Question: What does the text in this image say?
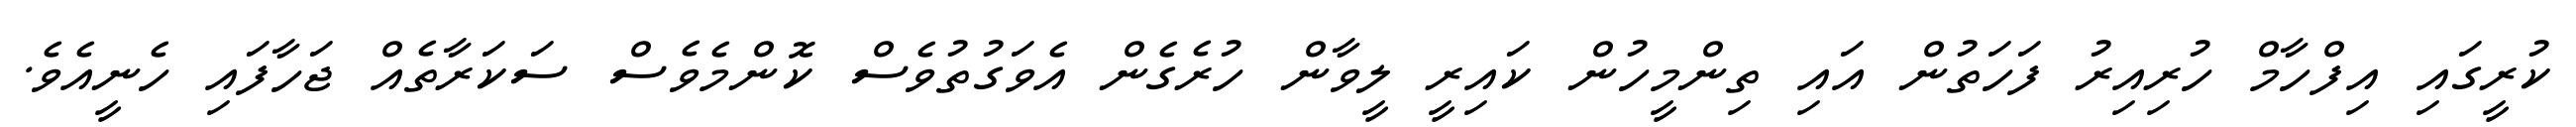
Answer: ކުރީގައި އިފްހާމް ހުރިއިރު ފަހަތުން އައި ތިންމީހުން ކައިރީ ލީވާން ހުރެގެން އެވަގުތުވެސް ކޮންމެވެސް ސަކަރާތެއް ޖަހާފައި ހެނީއެވެ.